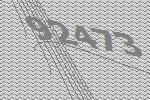
92473